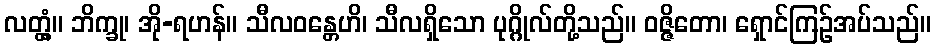
လတ္တံ့။ ဘိက္ခု၊ အို-ရဟန်။ သီလဝန္တေဟိ၊ သီလရှိသော ပုဂ္ဂိုလ်တို့သည်။ ဝဇ္ဇိတော၊ ရှောင်ကြဉ်အပ်သည်။